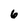
Character: 6